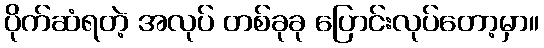
ပိုက်ဆံရတဲ့ အလုပ် တစ်ခုခု ပြောင်းလုပ်တော့မှာ။